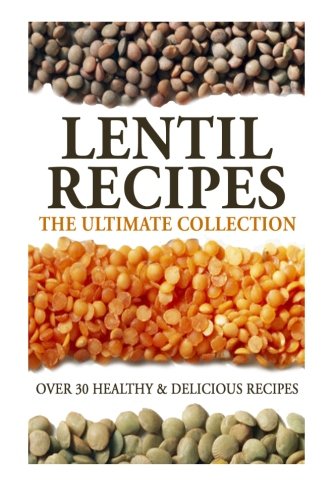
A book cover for Lentil Recipes: The Ultimate Collection: Over 30 Healthy & Delicious Recipes; Jonathan Doue M.D.; Cookbooks, Food & Wine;